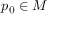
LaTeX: p _ { 0 } \in M